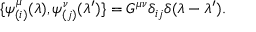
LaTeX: \{ \psi _ { ( i ) } ^ { \mu } ( \lambda ) , \psi _ { ( j ) } ^ { \nu } ( \lambda ^ { \prime } ) \} = G ^ { \mu \nu } \delta _ { i j } \delta ( \lambda - \lambda ^ { \prime } ) .